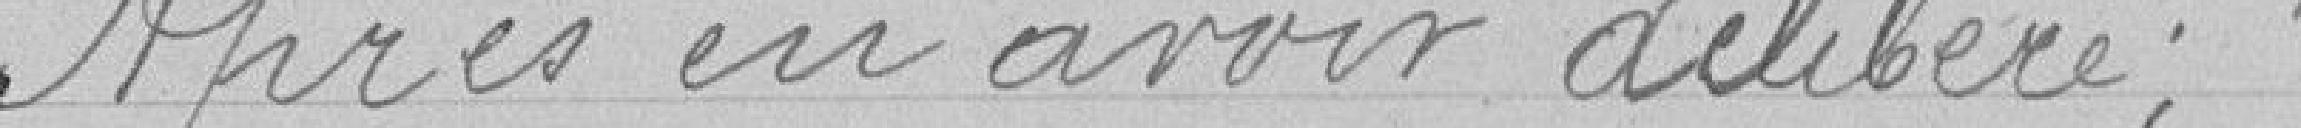
Après en avoir délibéré ;